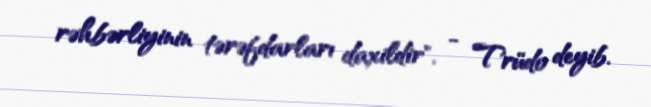
rəhbərliyinin tərəfdarları daxildir", - Trüdo deyib.